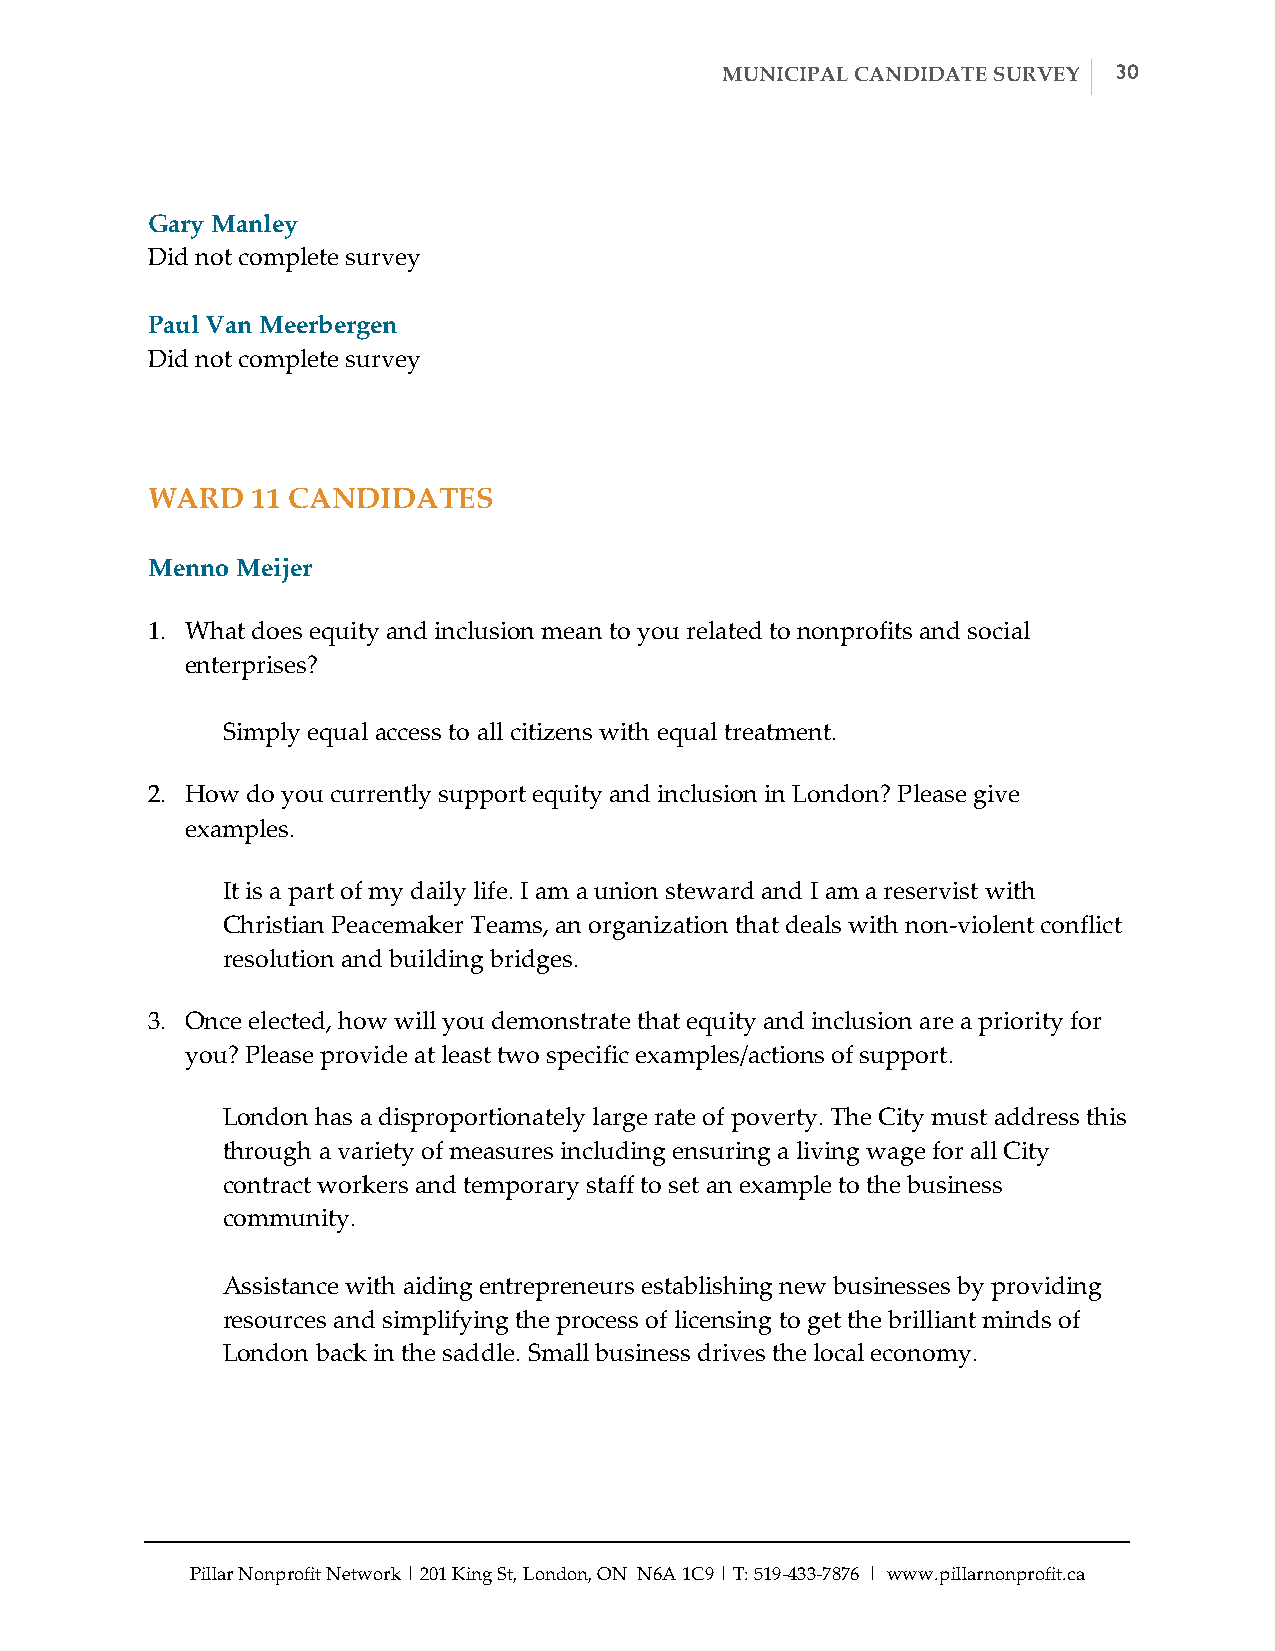
MUNICIPAL CANDIDATE SURVEY 30
 Gary Manley
 Did not complete survey
 Paul Van Meerbergen
 Did not complete survey
 WARD   11 CANDIDATES
 Menno Meijer
 1. What does equity and inclusion mean to you related to nonprofits and social
 enterprises?
 Simply equal access to all citizens with equal treatment.
 2. How do you currently support equity and inclusion in London? Please give
 examples.
 It is a part of my daily life. I am a union steward and I am a reservist with
 Christian Peacemaker Teams, an organization that deals with non-­‐‑violent conflict
 resolution and building bridges.
 3. Once elected, how will you demonstrate that equity and inclusion are a priority for
 you? Please provide at least two specific examples/actions of support.
 London has a disproportionately large rate of poverty. The City must address this
 through a variety of measures including ensuring a living wage for all City
 contract workers and temporary staff to set an example to the business
 community.
 Assistance with aiding entrepreneurs establishing new businesses by providing
 resources and simplifying the process of licensing to get the brilliant minds of
 London back in the saddle. Small business drives the local economy.
 Pillar Nonprofit Network | 201 King St, London, ON N6A 1C9 | T: 519-­‐‑433-­‐‑7876 | www.pillarnonprofit.ca